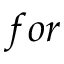
f o r